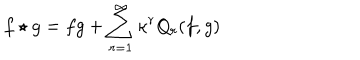
f \star g = f g + \sum _ { r = 1 } ^ { \infty } \kappa ^ { r } Q _ { r } ( f , g )